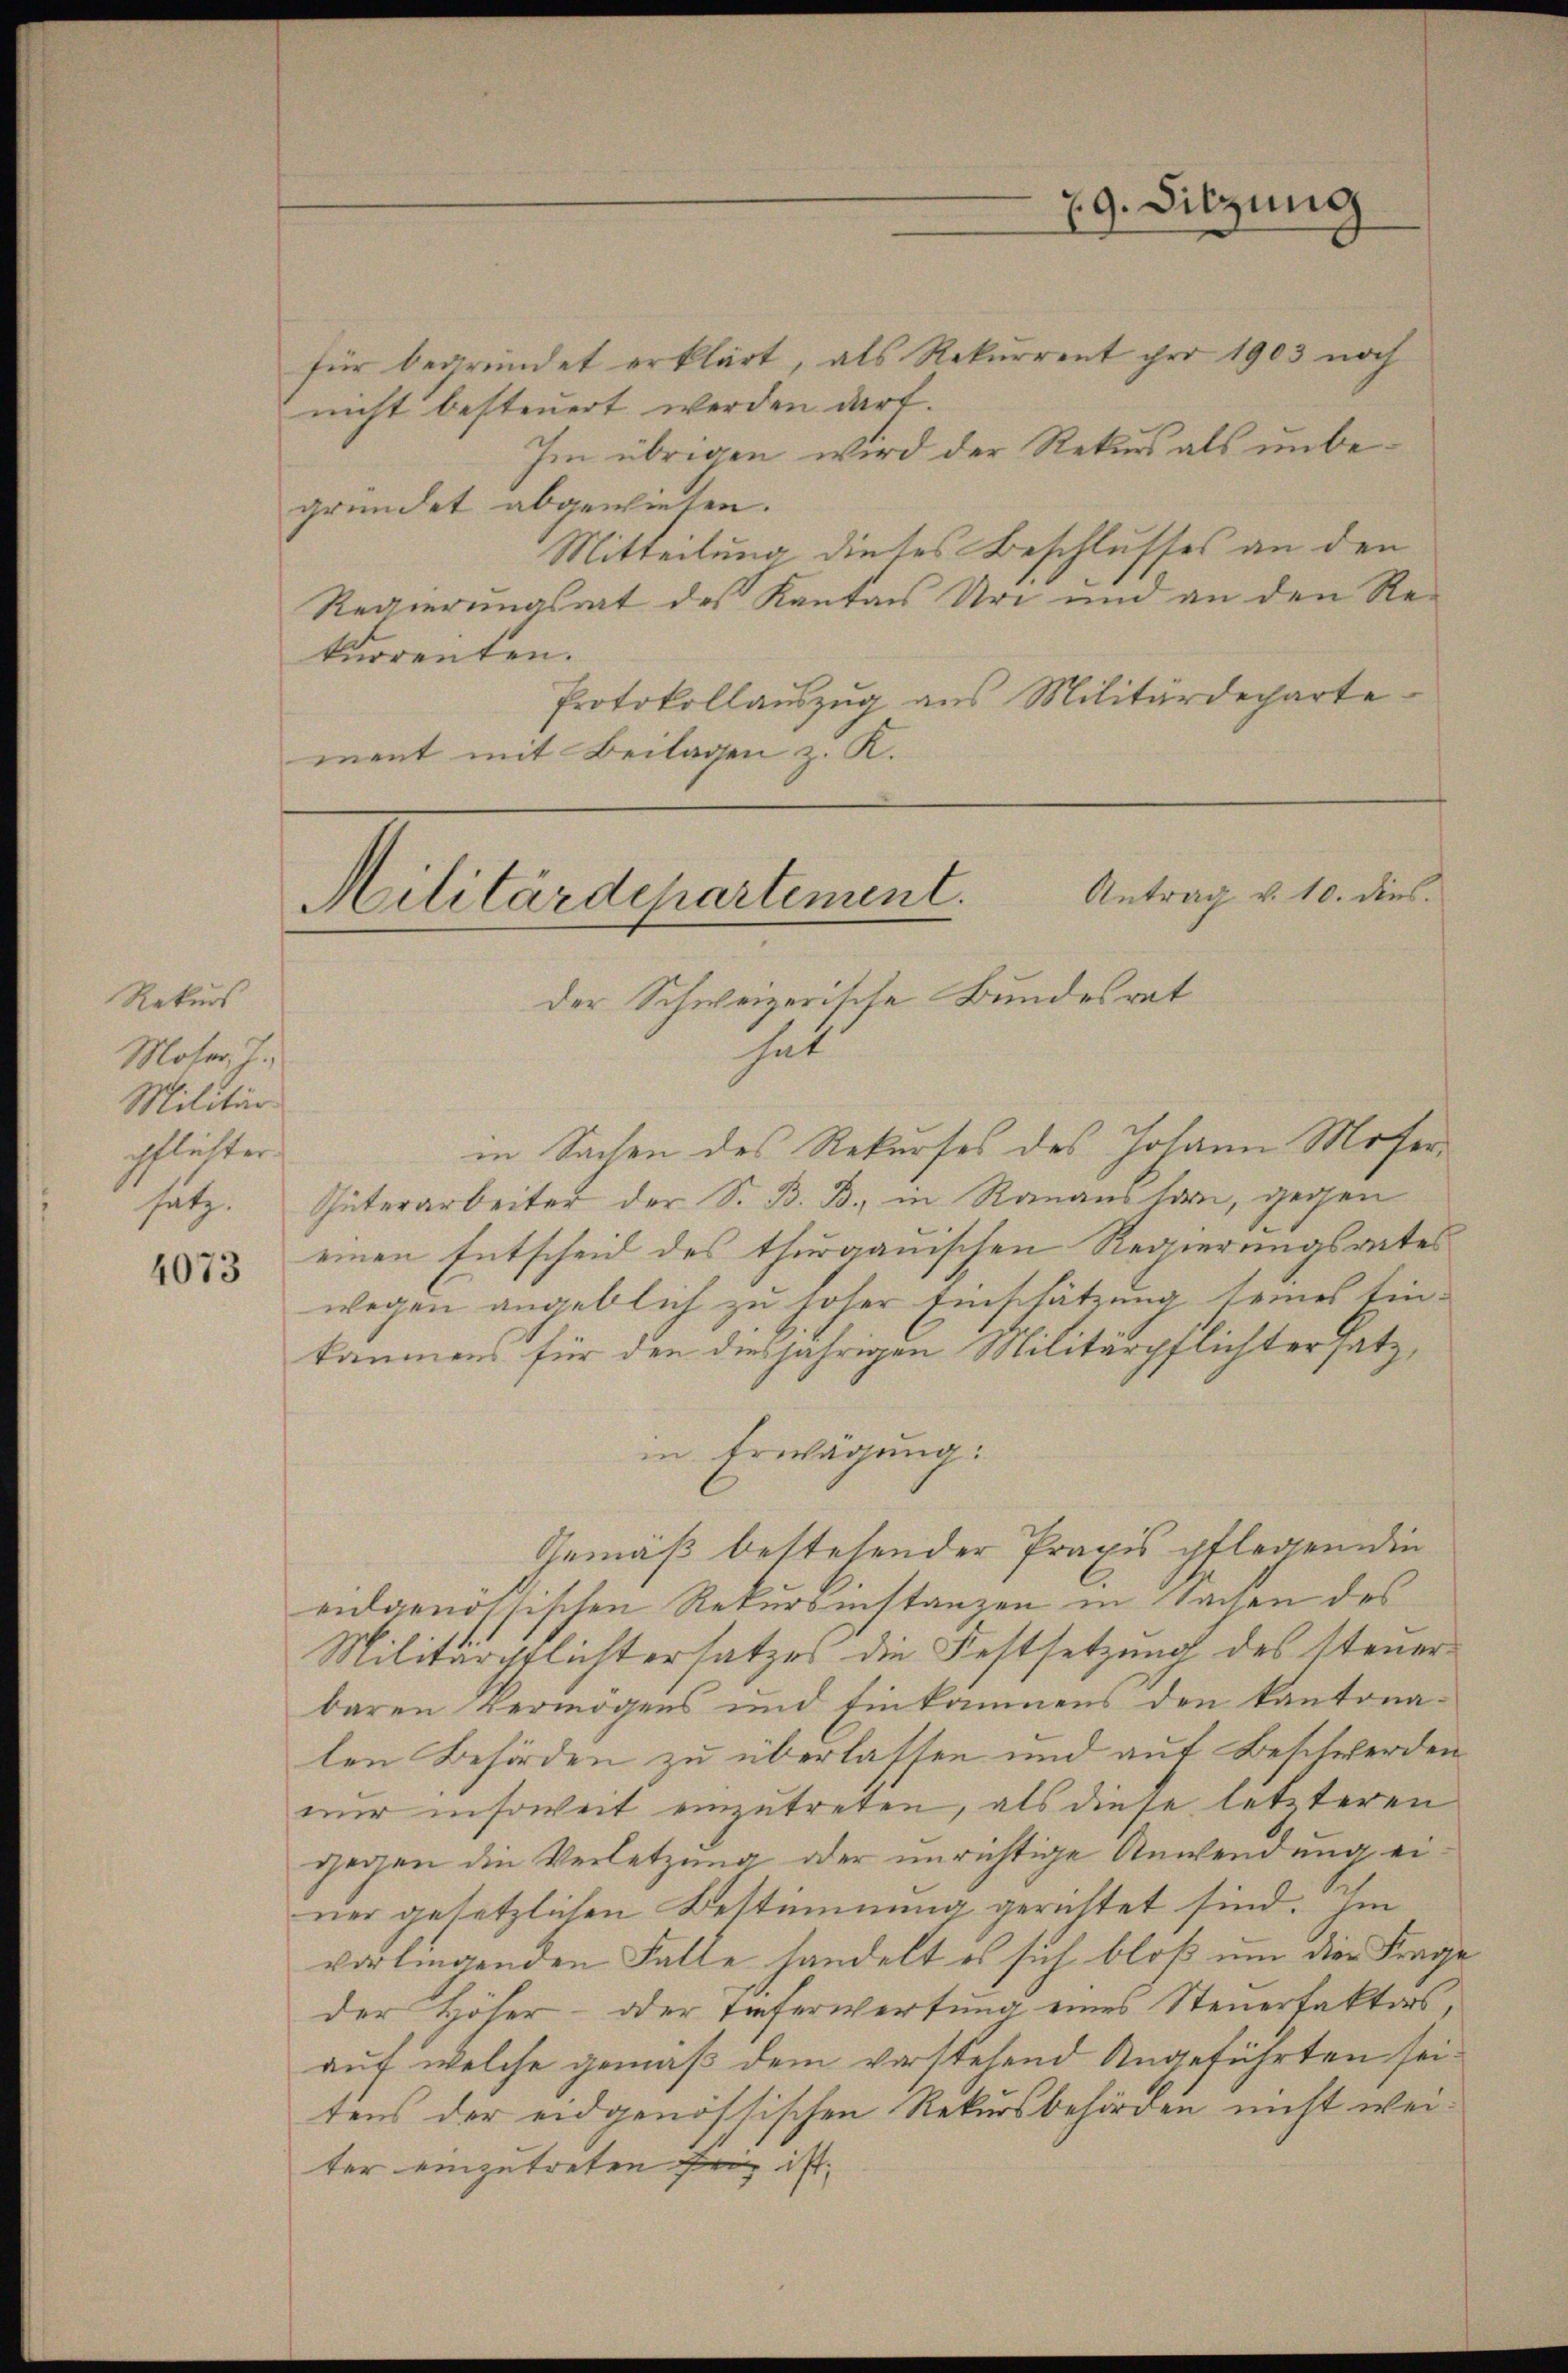
Rekurs
Moser, J.
Militär-
pflichter.
satz.

4073

79. Sitzung

Militärdepartement. Antrag v. 10. dies
der Schweizerische Bundesrat
hat

für begründet erklärt, als Rekurrent ihre 1903 noch
nicht besteuert werden darf.
Im übrigen wird der Rekurs als unbegründet abgewiesen.
Mitteilung dieses Beschlusses an den
Regierungsrat des Kanton Uri und an den Rekurrenten.
Protokollauszug aus Militärdeparte
ment mit Beilagen z. K.

in Sachen des Rekurses des Johann Moser¬
Güterarbeiter der S. B. B. in Ranauslan, gegen
einen Entscheid des thurgauischen Regierungsrates
wegen angeblich zu hoher Einschätzung seines Einkammen für den diesjährigen Militärpflichtersatz,
in Erwägung:
Gemäß bestehender Praxis pflegenden
eidgenössischen Rekursinstanzen in Sachen des
Militärpflichtersatzes die Festsetzung des Steuerbaren vermögens und Einkommens den kantonalen Behörden zu überlassen und auf Beschwerden
nur insoweit einzutreten, als diese letzteren
gegen die Verletzung oder unrichtige Anwendung einer gesetzlichen Bestimmung gerichtet sind. Im
vorliegenden Falle handelt es sich bloß um die Frag
der Höher- oder Tieferwerfung eines Steuerfaktors
auf welche gemäß dem verstehend Angeführten seirens der eidgenössischen Rekursbehörden nicht weiter einzutreten Friz ist.